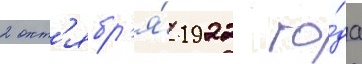
2 окт'ябр'я́ 1922 го́да